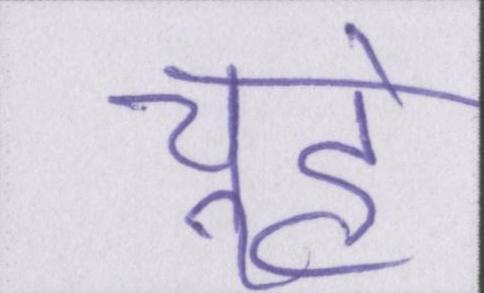
चूहे